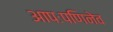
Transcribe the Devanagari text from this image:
आपःपणिनेव